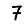
Digit: 7